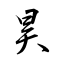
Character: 昊